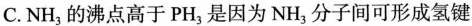
C.NH_{3}的沸点高于PH_{3}是因为NH_{3}分子间可形成氢键